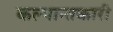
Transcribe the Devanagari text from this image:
कल्पान्तकारी